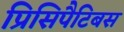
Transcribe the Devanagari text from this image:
प्रिसिपैटिबस